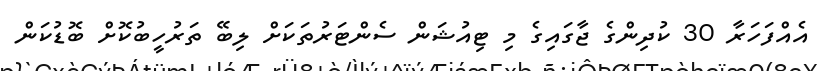
އެއްފަހަރާ 30 ކުދިންގެ ޖާގައިގެ މި ޓިއުޝަން ސެންޓަރުތަކަށް ލިބޭ ތަރުހީބުކޮށް ބޮޑުކަން